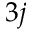
3 j